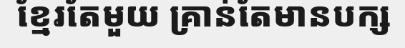
ខ្មែរតែមួយ គ្រាន់តែមានបក្ស